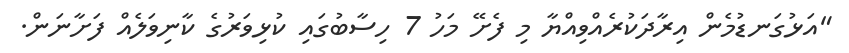
"އަޅުގަނޑުމެން އިރާދަކުރެއްވިއްޔާ މި ފެށޭ މަހު 7 ހިސާބުގައި ކުޅިވަރުގެ ކާނިވަލެއް ފަށާނަން.